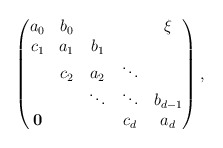
\begin{align*}\begin{pmatrix}a_0 & b_0 & & & \xi\\c_1 & a_1 & b_1 & \\& c_2 & a_2 & \ddots \\& & \ddots & \ddots & b_{d-1}\\{\bf 0}& & & c_d & a_d\end{pmatrix},\end{align*}